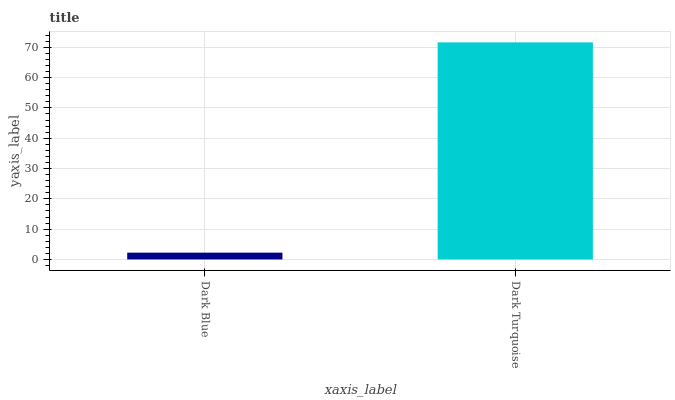
| xaxis_label | bars |
 | --- | --- |
 | Dark Blue | 2.24 |
 | Dark Turquoise | 71.6 |